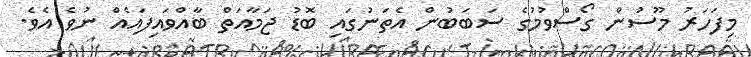
މިފަހަރު މޫސުން ގޯސްވުމުގެ ސަބަބުން އެތަނުގައި ބޮޑު ޖަމާއަތް ބާއްވައިފައެއް ނުވެ އެވެ.